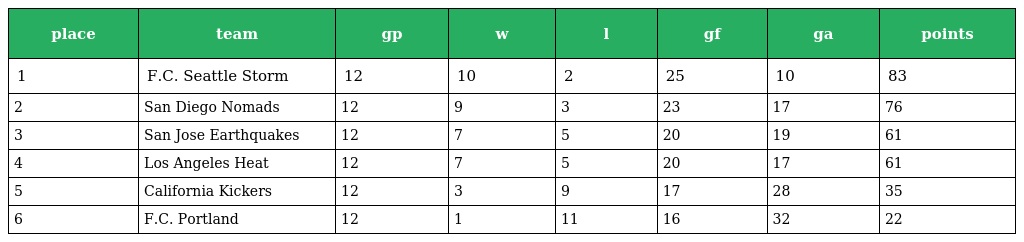
| place | team | gp | w | l | gf | ga | points |
 | --- | --- | --- | --- | --- | --- | --- | --- |
 | 1 | F.C. Seattle Storm | 12 | 10 | 2 | 25 | 10 | 83 |
 | 2 | San Diego Nomads | 12 | 9 | 3 | 23 | 17 | 76 |
 | 3 | San Jose Earthquakes | 12 | 7 | 5 | 20 | 19 | 61 |
 | 4 | Los Angeles Heat | 12 | 7 | 5 | 20 | 17 | 61 |
 | 5 | California Kickers | 12 | 3 | 9 | 17 | 28 | 35 |
 | 6 | F.C. Portland | 12 | 1 | 11 | 16 | 32 | 22 |